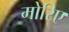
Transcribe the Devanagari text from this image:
मोरिए